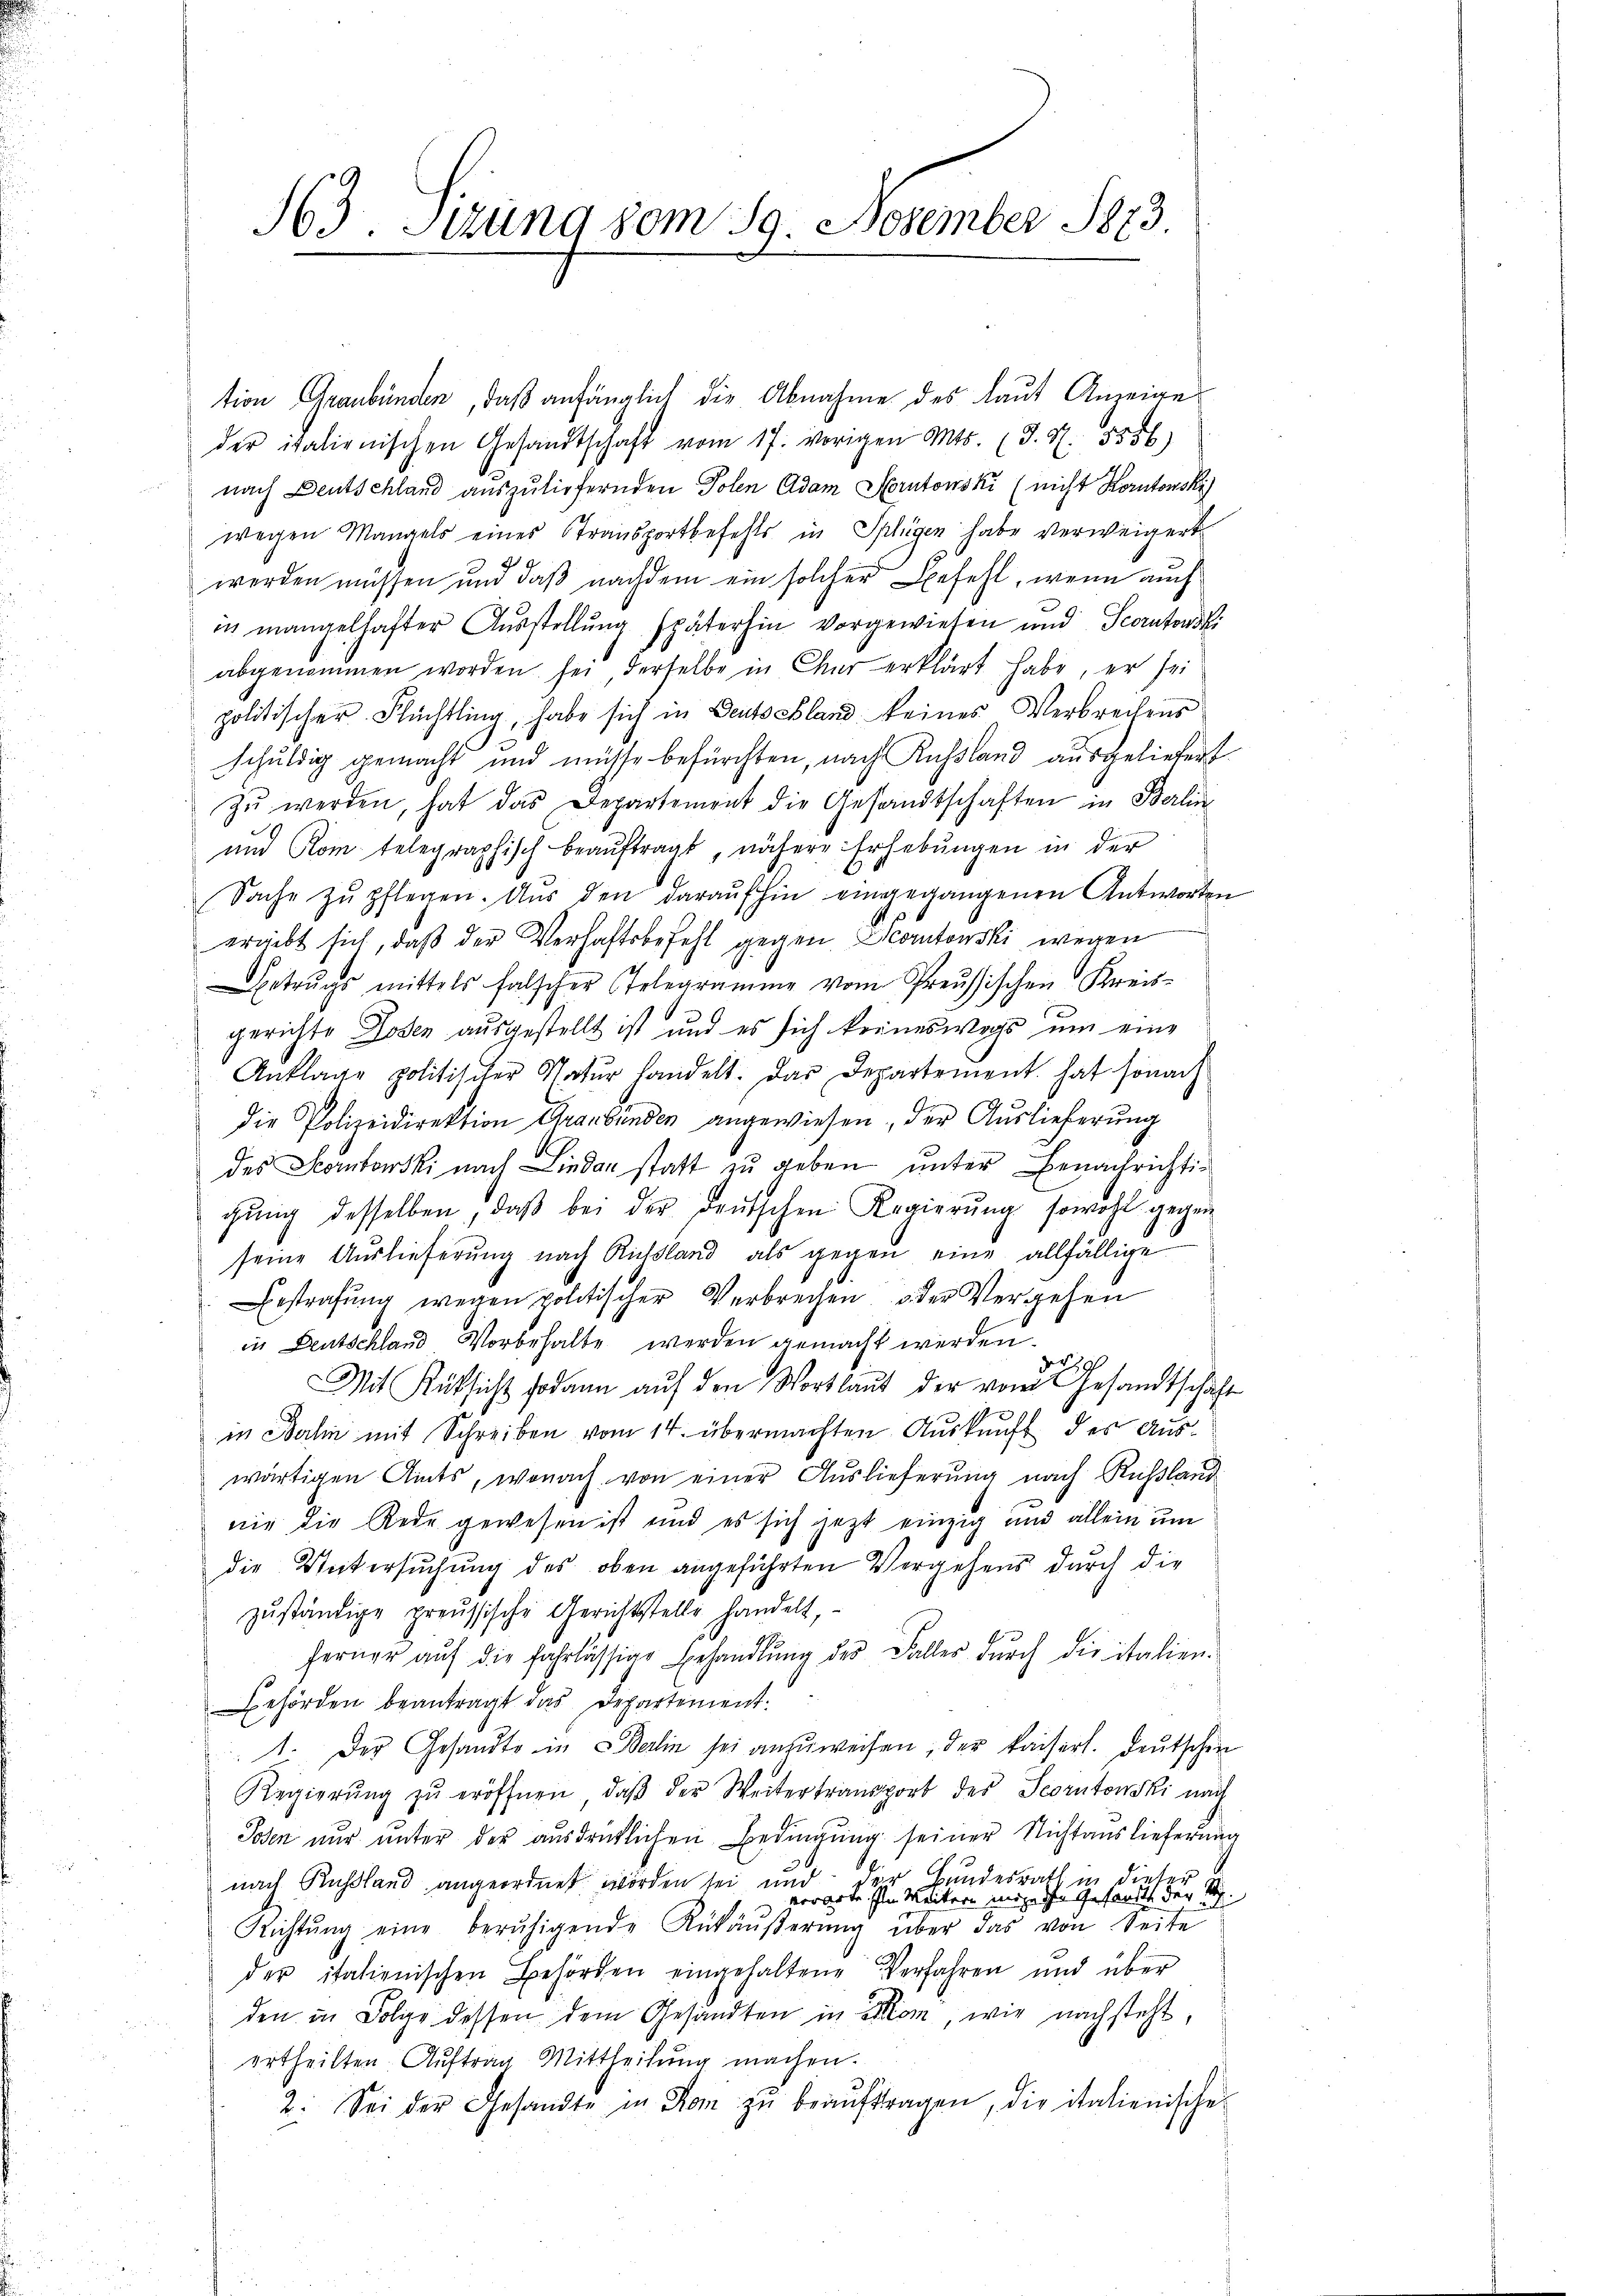
363. Sitzung vom 19. November 1873.

tion Graubünden, daß anfänglich die Abnahme des laut Anzeige
der italienischen Gesandtschaft vom 17. vorigen Mts. (T. S. 5556)
nach Deutschland auszuliefernden Polen Adam Horutowski (nicht Kontonski
wegen Mangels eines Transportbefehls in Splügen habe verweigert
werden müssen und daß nachdem ein solcher Befehl, wenn auch
in mangelhafter Ausstellung späterhin vorgewiesen und Scoratowski
abgenommen worden sei derselbe in Chur erklärt habe, er sei
politischer Flüchtling, habe sich in Deutschland keines Verbrechens
schuldig gemacht und müsse befürchten, nach Russland ausgeliefert
zŭ werden, hat das Departement die Gesandtschaften in Berlin
und Rom telegraphisch beaŭftragt, nähere Erhebŭngen in der
Sache zŭ pflegen. Aŭs den daraŭfhin eingegangenen Antworten
ergibt sich, daß der Verhaftsbefehl gegen Scontowski wegen
Betruchs mittels falscher Telegramme vom Preussischen Kreisgerichte Losen ausgestellt ist und es sich keineswegs um eine
Anklage politischer Natŭr handelt. Das Departement hat sonach
die Polizeidirektion Graubünden angewiesen, der Auslieferung
des Scontowski nach Lindau statt zu geben unter Benachrichtichŭng desselben, daβ bei der Deutschen Regierŭng sowohl gegen
seine Auslieferung nach Russland als gegen eine allfällige
Bestrafung wegen politischer Verbrechen oder Vergehen
in Deutschland Vorbehalte werden gemacht werden.
dr
Mit Rüksicht sodann auf den Wortlaut der vom Gesandtschaft
in Dahin mit Schreiben vom 14. übermachten Auskunft der Auswärtigen Amts, wonach von einer Auslieferung nach Rußland
nie die Rede gewesen ist und es sich jetzt einzig und allein um
die Untersuchung des oben angeführten Vergehens durch die
zŭständige preussische Gerichtstelle handelt,
ferner aŭf die fahrlässige Behandlŭng des Falles dŭrch die italien-
Behörden beantragt das Departement.
1. Der Gesandte in Berlin sei anzuweisen, der kaiserl. Deutschen
Regierŭng zŭ eröffnen, daβ der Weitertransport des Scorutonski nach
Posen nur unter der ausdrüklichen Bedingung seiner Nichtauslieferung
nach Russland angeordnet worden sei und der Bundesrath in diese
u verarte schlen Weitern möge ihre Gesandts der R
Richtŭng eine berŭhigende Rükäŭβerŭng über das von Seite
der italienischen Behörden eingehaltene Verfahren und über
den in Folge dessen dem Gesandten in Lion, wie nachsteht,
ertheilten Auftrag Mittheilung machen.
2. Sei der Gesandte in Rom zŭ beaŭftragen, die italienische